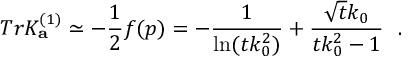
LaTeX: T r K _ { \bf a } ^ { ( 1 ) } \simeq - { \frac { 1 } { 2 } } f ( p ) = - { \frac { 1 } { \ln ( t k _ { 0 } ^ { 2 } ) } } + { \frac { \sqrt { t } k _ { 0 } } { t k _ { 0 } ^ { 2 } - 1 } } ~ ~ .